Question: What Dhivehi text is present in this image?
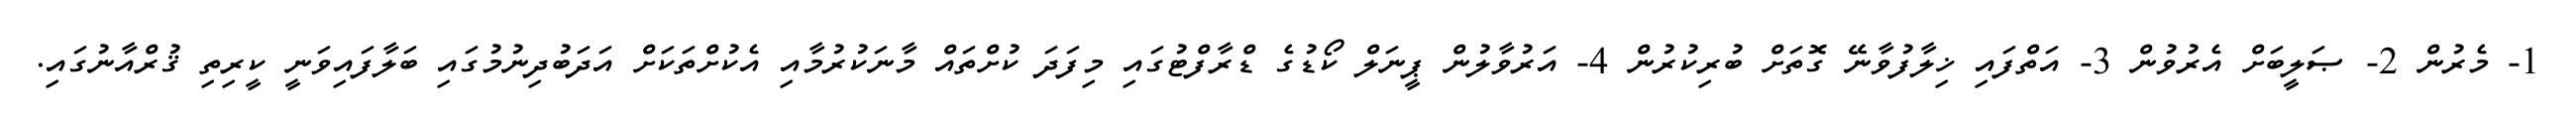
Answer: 1- މެރުން 2- ޞަލީބަށް އެރުވުން 3- އަތްފައި ޚިލާފުވާނޭ ގޮތަށް ބުރިކުރުން 4- އަރުވާލުން ޕީނަލް ކޯޑުގެ ޑްރާފްޓުގައި މިފަދަ ކުށްތައް މާނަކުރުމާއި އެކުށްތަކަށް އަދަބުދިނުމުގައި ބަލާފައިވަނީ ކީރިތި ޤުރްއާނުގައި.